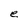
Character: e